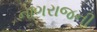
નાગરાજની